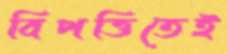
বিপত্তিতেই